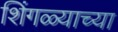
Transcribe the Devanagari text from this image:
शिंगळ्याच्या